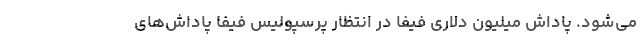
می‌شود. پاداش میلیون دلاری فیفا در انتظار پرسپولیس فیفا پاداش‌های